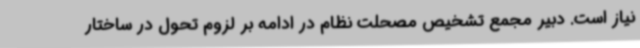
نیاز است. دبیر مجمع تشخیص مصحلت نظام در ادامه بر لزوم تحول در ساختار